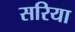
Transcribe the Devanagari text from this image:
सरिया